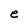
Character: e